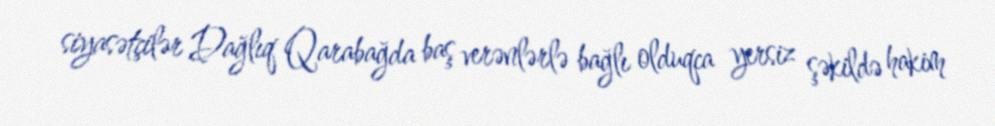
siyasətçilər Dağlıq Qarabağda baş verənlərlə bağlı olduqca yersiz şəkildə hakim